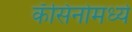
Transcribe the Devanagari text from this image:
कॅसिनोमध्ये